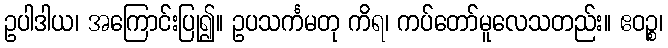
ဥပါဒါယ၊ အကြောင်းပြု၍။ ဥပသင်္ကမတု ကိရ၊ ကပ်တော်မူလေသတည်း။ ဧဝဉ္စ၊